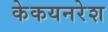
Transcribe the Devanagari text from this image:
केकयनरेश